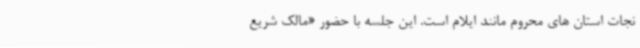
نجات استان های محروم مانند ایلام است. این جلسه با حضور «مالک شریع